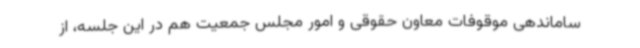
ساماندهی موقوفات معاون حقوقی و امور مجلس جمعیت هم در این جلسه، از